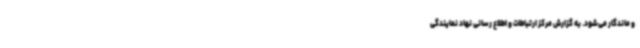
و ماندگار می‌شود. به گزارش مرکز ارتباطات و اطلاع رسانی نهاد نمایندگی